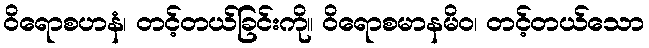
ဝိရောစဟနံ၊ တင့်တယ်ခြင်းကို။ ဝိရောစမာနမိဝ၊ တင့်တယ်သော